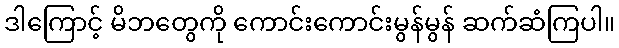
ဒါကြောင့် မိဘတွေကို ကောင်းကောင်းမွန်မွန် ဆက်ဆံကြပါ။